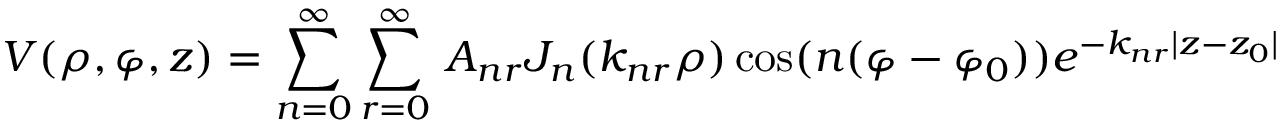
V ( \rho , \varphi , z ) = \sum _ { n = 0 } ^ { \infty } \sum _ { r = 0 } ^ { \infty } \, A _ { n r } J _ { n } ( k _ { n r } \rho ) \cos ( n ( \varphi - \varphi _ { 0 } ) ) e ^ { - k _ { n r } | z - z _ { 0 } | }